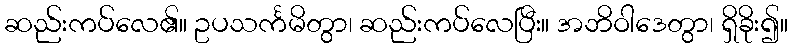
ဆည်းကပ်လေ၏။ ဥပသင်္ကမိတွာ၊ ဆည်းကပ်လေပြီး။ အဘိဝါဒေတွာ၊ ရှိခိုး၍။